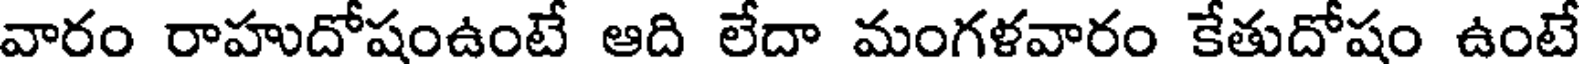
వారం రాహుదోషంఉంటే ఆది లేదా మంగళవారం కేతుదోషం ఉంటే